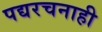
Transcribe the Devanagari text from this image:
पद्यरचनाही